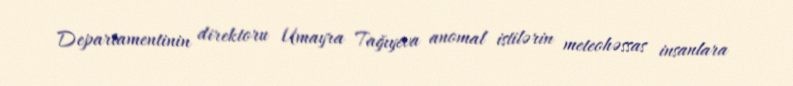
Departamentinin direktoru Umayra Tağıyeva anomal istilərin meteohəssas insanlara